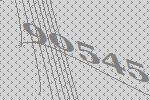
90545